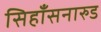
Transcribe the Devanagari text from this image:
सिहाँसनारुड